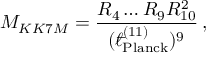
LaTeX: M _ { K K 7 M } = \frac { R _ { 4 } \ldots R _ { 9 } R _ { 1 0 } ^ { 2 } } { ( { } ^ { - } \! \! \! \! \ell _ { \mathrm { P l a n c k } } ^ { ( 1 1 ) } ) ^ { 9 } } \, ,